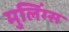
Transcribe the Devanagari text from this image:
मुलिंग्स